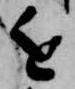
近